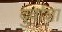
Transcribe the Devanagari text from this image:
दुर्वाशा